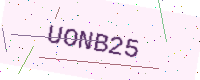
Text: UONB25